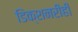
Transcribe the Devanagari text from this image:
डिक्शनरीही